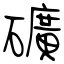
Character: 礦